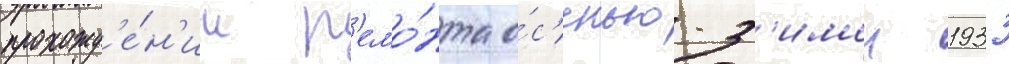
прохожд'е́н'ии р'емо́нта о́с'енью-з'имои 1933